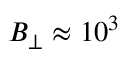
B _ { \perp } \approx 1 0 ^ { 3 }